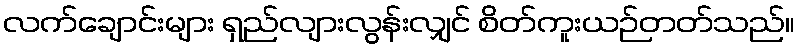
လက်ချောင်းများ ရှည်လျားလွန်းလျှင် စိတ်ကူးယဉ်တတ်သည်။